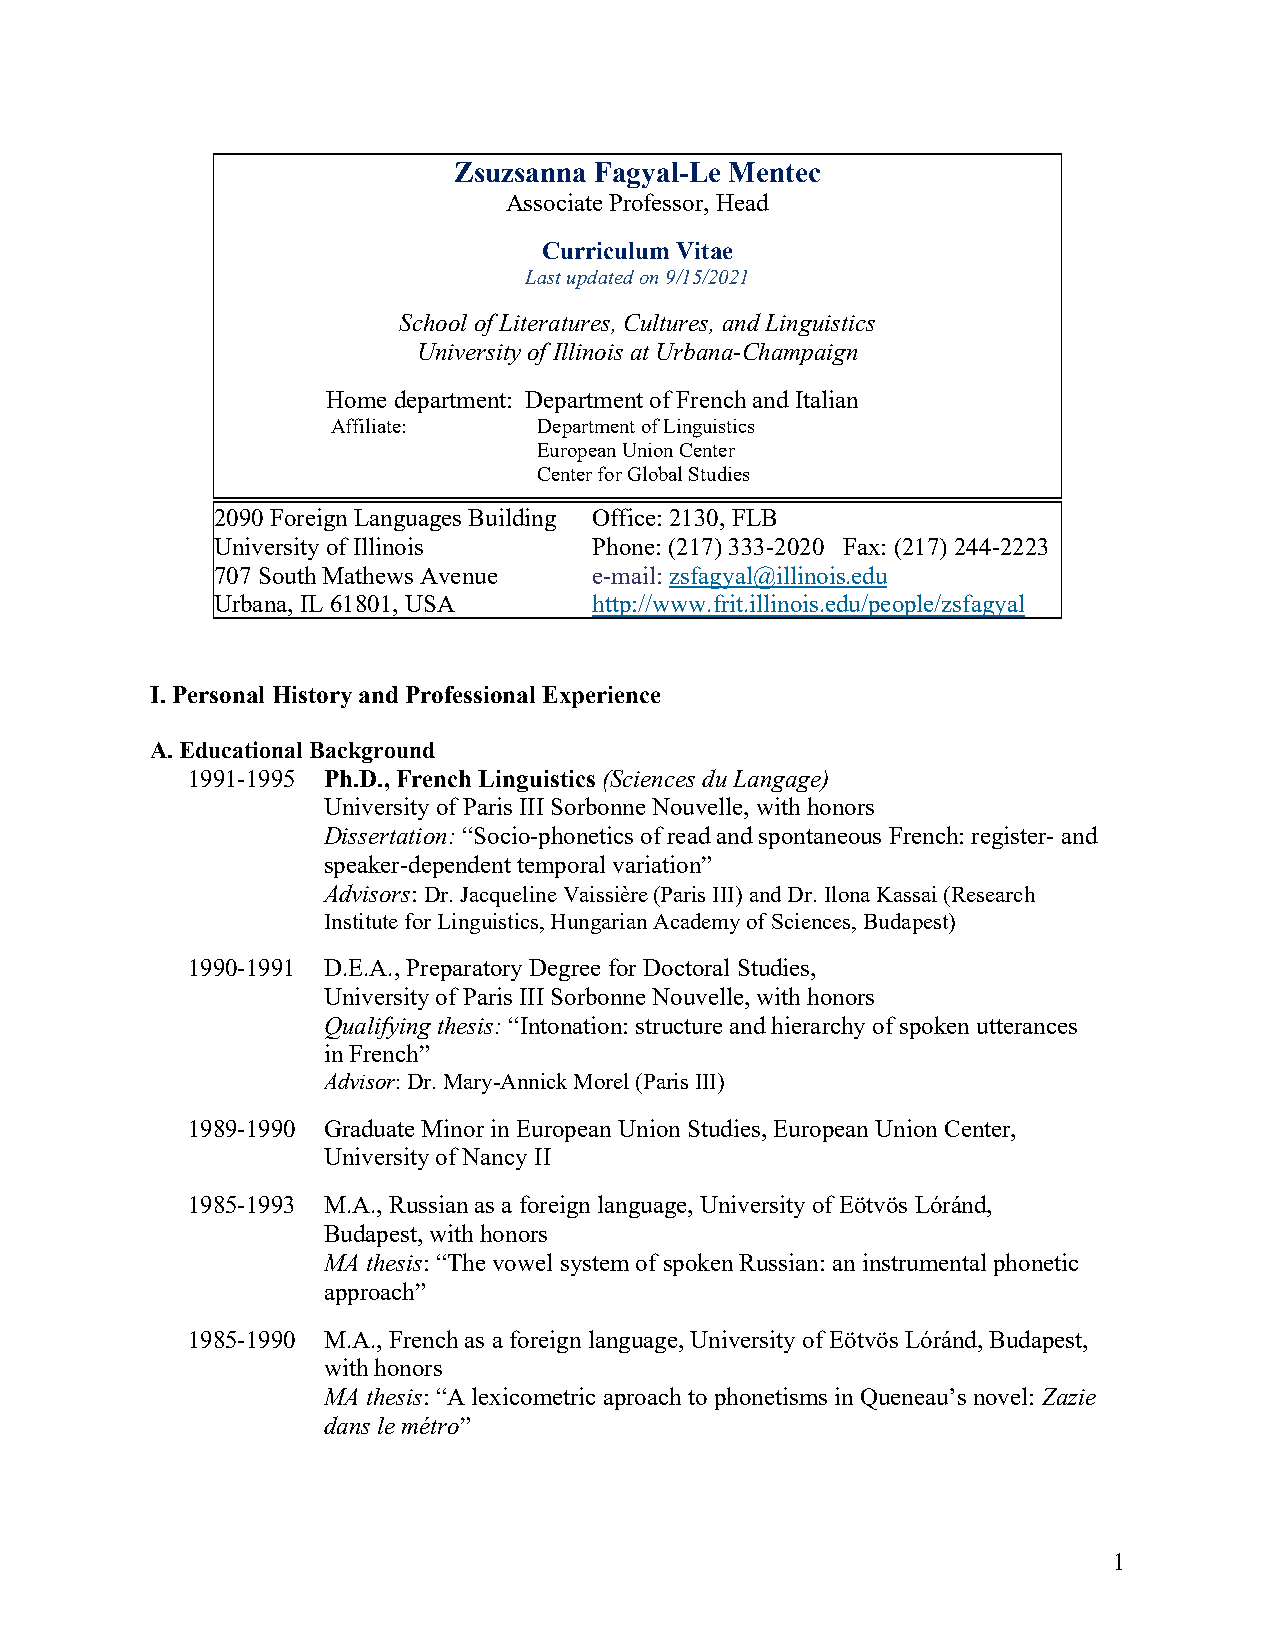
Zsuzsanna Fagyal-Le Mentec
 Associate Professor, Head
 Curriculum Vitae
 Last updated on 9/15/2021
 School of Literatures, Cultures, and Linguistics
 University of Illinois at Urbana-Champaign
 Home department: Department of French and Italian
 Affiliate:    Department of Linguistics
 European Union Center
 Center for Global Studies
 2090 Foreign Languages Building Office: 2130, FLB
 University of Illinois   Phone: (217) 333-2020 Fax: (217) 244-2223
 707 South Mathews Avenue e-mail: zsfagyal@illinois.edu
 Urbana, IL 61801, USA    http://www.frit.illinois.edu/people/zsfagyal
 I. Personal History and Professional Experience
 A. Educational Background
 1991-1995 Ph.D., French Linguistics (Sciences du Langage)
 University of Paris III Sorbonne Nouvelle, with honors
 Dissertation: “Socio-phonetics of read and spontaneous French: register- and
 speaker-dependent temporal variation”
 Advisors: Dr. Jacqueline Vaissière (Paris III) and Dr. Ilona Kassai (Research
 Institute for Linguistics, Hungarian Academy of Sciences, Budapest)
 1990-1991 D.E.A., Preparatory Degree for Doctoral Studies,
 University of Paris III Sorbonne Nouvelle, with honors
 Qualifying thesis: “Intonation: structure and hierarchy of spoken utterances
 in French”
 Advisor: Dr. Mary-Annick Morel (Paris III)
 1989-1990 Graduate Minor in European Union Studies, European Union Center,
 University of Nancy II
 1985-1993 M.A., Russian as a foreign language, University of Eötvös Lóránd,
 Budapest, with honors
 MA thesis: “The vowel system of spoken Russian: an instrumental phonetic
 approach”
 1985-1990 M.A., French as a foreign language, University of Eötvös Lóránd, Budapest,
 with honors
 MA thesis: “A lexicometric aproach to phonetisms in Queneau’s novel: Zazie
 dans le métro”
 1